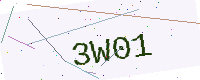
Text: 3W01